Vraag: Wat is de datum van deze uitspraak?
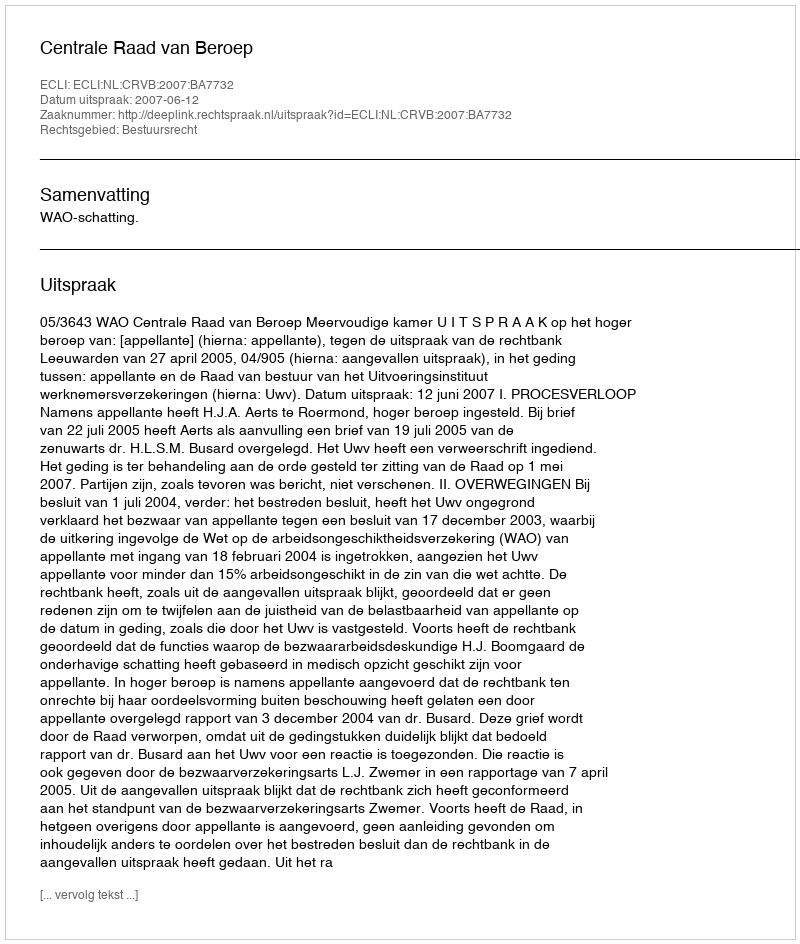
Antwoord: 2007-06-12